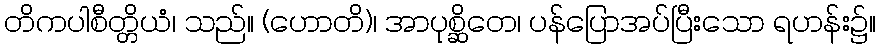
တိကပါစီတ္တိယံ၊ သည်။ (ဟောတိ)၊ အာပုစ္ဆိတေ၊ ပန်ပြောအပ်ပြီးသော ရဟန်း၌။